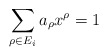
\begin{align*}\sum_{\rho \in E_i} a_\rho x^\rho = 1\end{align*}